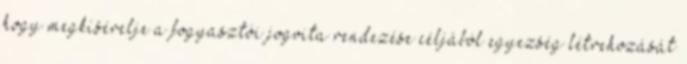
hogy megkísérelje a fogyasztói jogvita rendezése céljából egyezség létrehozását